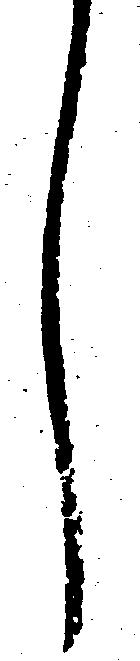
し